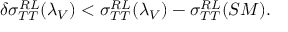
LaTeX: \delta \sigma _ { T T } ^ { R L } ( \lambda _ { V } ) < \sigma _ { T T } ^ { R L } ( \lambda _ { V } ) - \sigma _ { T T } ^ { R L } ( S M ) .